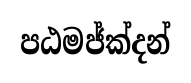
පඨමජ්ක්දන්